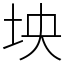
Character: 坱